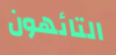
التائهون